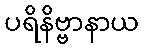
ပရိနိဗ္ဗာနာယ